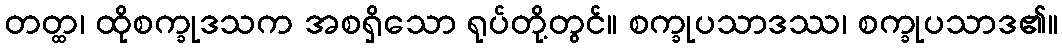
တတ္ထ၊ ထိုစက္ခုဒသက အစရှိသော ရုပ်တို့တွင်။ စက္ခုပသာဒဿ၊ စက္ခုပသာဒ၏။